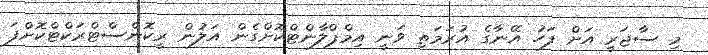
މި ސާޖަރީ އަށް ފަހު އޭނާގެ އުރަމަތި ވަނީ އިމްޕްލާންޓްކޮށްގެން އަލުން ރީކޮންސްޓްރަކްޓްކޮށްފަ